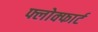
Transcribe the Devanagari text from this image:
फ्लोक्फार्ट